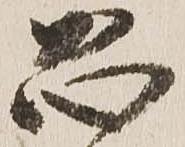
恐